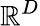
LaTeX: \mathbb{R}^{D}